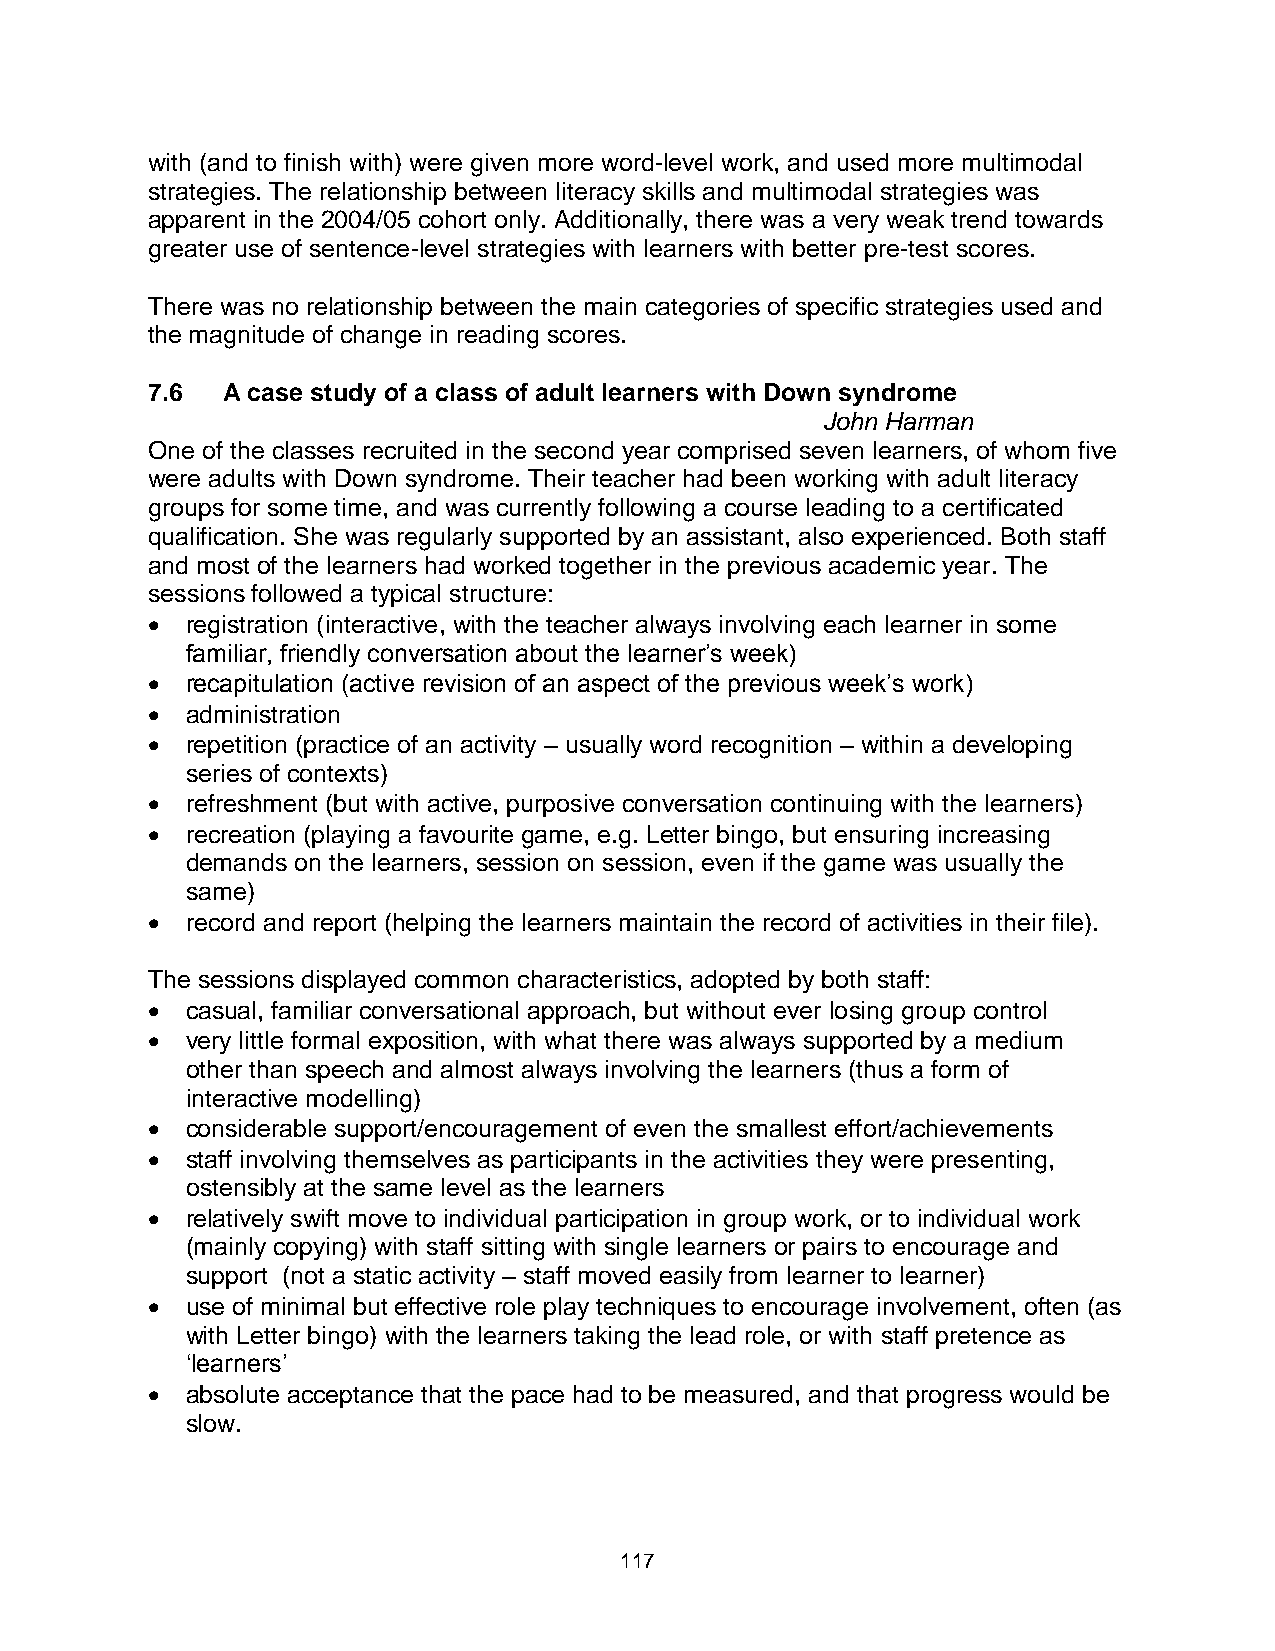
with (and to finish with) were given more word-level work, and used more multimodal
 strategies. The relationship between literacy skills and multimodal strategies was
 apparent in the 2004/05 cohort only. Additionally, there was a very weak trend towards
 greater use of sentence-level strategies with learners with better pre-test scores.
 There was no relationship between the main categories of specific strategies used and
 the magnitude of change in reading scores.
 7.6  A case study of a class of adult learners with Down syndrome
 John Harman
 One of the classes recruited in the second year comprised seven learners, of whom five
 were adults with Down syndrome. Their teacher had been working with adult literacy
 groups for some time, and was currently following a course leading to a certificated
 qualification. She was regularly supported by an assistant, also experienced. Both staff
 and most of the learners had worked together in the previous academic year. The
 sessions followed a typical structure:
  registration (interactive, with the teacher always involving each learner in some
 familiar, friendly conversation about the learner’s week)
  recapitulation (active revision of an aspect of the previous week’s work)
  administration
  repetition (practice of an activity – usually word recognition – within a developing
 series of contexts)
  refreshment (but with active, purposive conversation continuing with the learners)
  recreation (playing a favourite game, e.g. Letter bingo, but ensuring increasing
 demands on the learners, session on session, even if the game was usually the
 same)
  record and report (helping the learners maintain the record of activities in their file).
 The sessions displayed common characteristics, adopted by both staff:
  casual, familiar conversational approach, but without ever losing group control
  very little formal exposition, with what there was always supported by a medium
 other than speech and almost always involving the learners (thus a form of
 interactive modelling)
  considerable support/encouragement of even the smallest effort/achievements
  staff involving themselves as participants in the activities they were presenting,
 ostensibly at the same level as the learners
  relatively swift move to individual participation in group work, or to individual work
 (mainly copying) with staff sitting with single learners or pairs to encourage and
 support (not a static activity – staff moved easily from learner to learner)
  use of minimal but effective role play techniques to encourage involvement, often (as
 with Letter bingo) with the learners taking the lead role, or with staff pretence as
 ‘learners’
  absolute acceptance that the pace had to be measured, and that progress would be
 slow.
 117